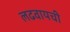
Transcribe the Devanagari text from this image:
लढवायची